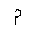
Letter: _mim